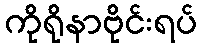
ကိုရိုနာဗိုင်းရပ်